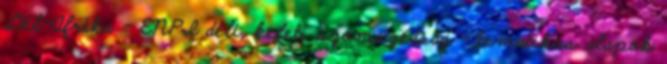
Dél-Afrika - ENPI déli, keleti szomszédság - tematikus alapok